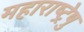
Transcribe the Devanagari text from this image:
महाराष्ट्रेषु